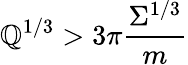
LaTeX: \mathbb{Q}^{1/3}>3\pi\frac{{\Sigma^{1/3}}}{m}